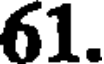
61.